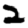
Digit: 2